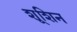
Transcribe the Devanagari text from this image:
शूशिन